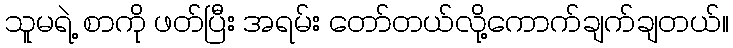
သူမရဲ့ စာကို ဖတ်ပြီး အရမ်း တော်တယ်လို့ကောက်ချက်ချတယ်။